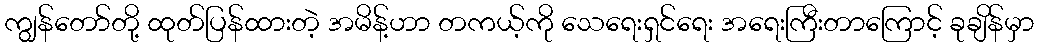
ကျွန်တော်တို့ ထုတ်ပြန်ထားတဲ့ အမိန့်ဟာ တကယ့်ကို သေရေးရှင်ရေး အရေးကြီးတာကြောင့် ခုချိန်မှာ